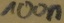
Text: 100n